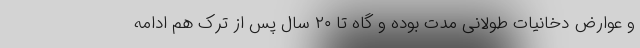
و عوارض دخانیات طولانی مدت بوده و گاه تا ۲۰ سال پس از ترک هم ادامه